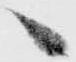
へ